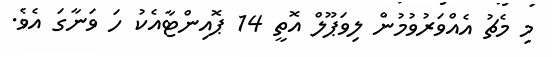
މި މެޗު އެއްވަރުވުމުން ލިވަޕޫލް އޮތީ 14 ޕޮއިންޓާއެކު ހަ ވަނާގަ އެވެ.